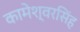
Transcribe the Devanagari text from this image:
कामेश्वरसिंह